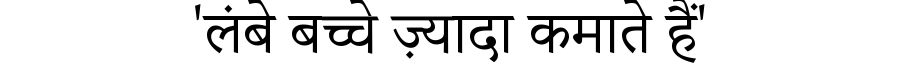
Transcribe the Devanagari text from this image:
'लंबे बच्चे ज़्यादा कमाते हैं'